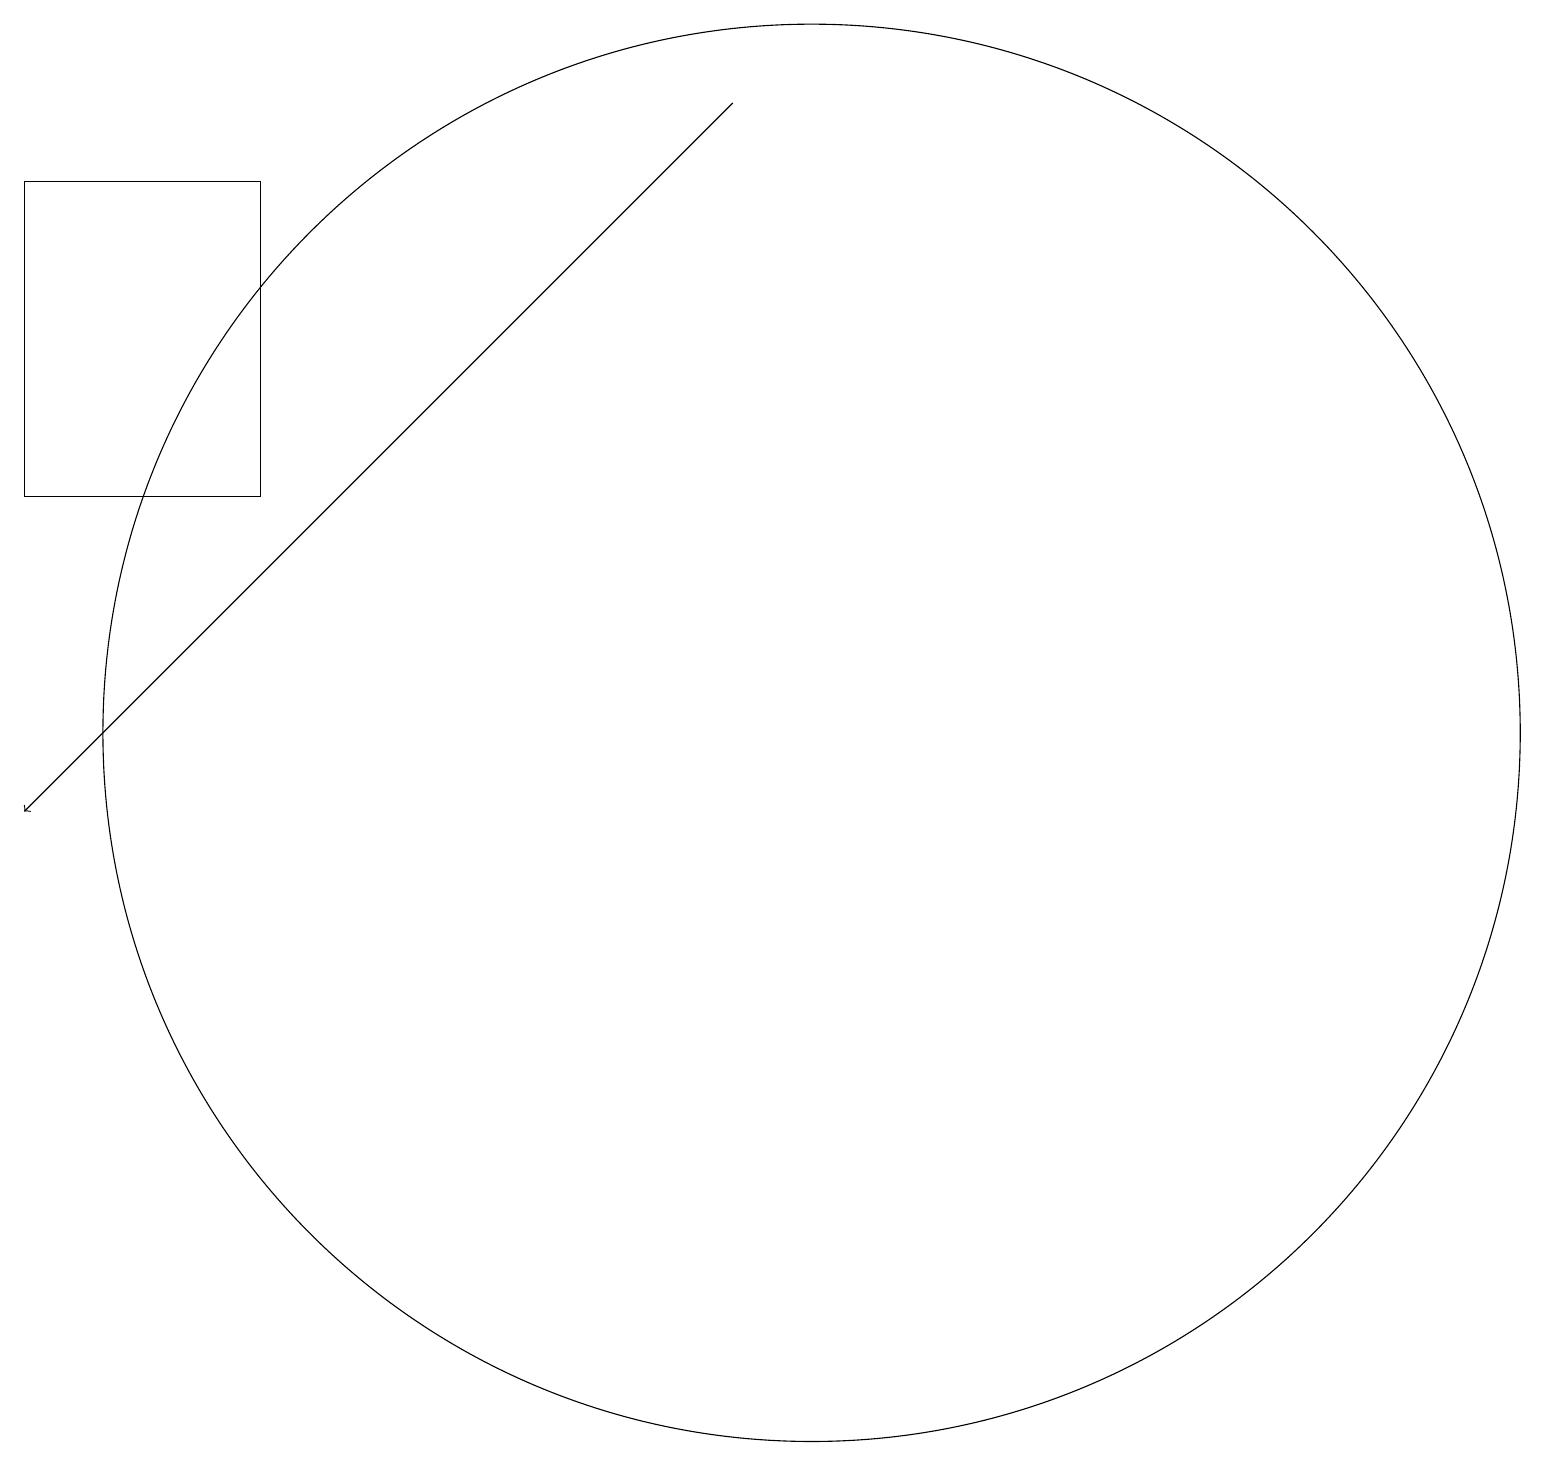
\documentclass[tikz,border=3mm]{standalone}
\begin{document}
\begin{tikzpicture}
\draw (3,18) rectangle (0,14);
\draw (10,11) circle (9);
\draw[->] (9,19) -- (0,10);
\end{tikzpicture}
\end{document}